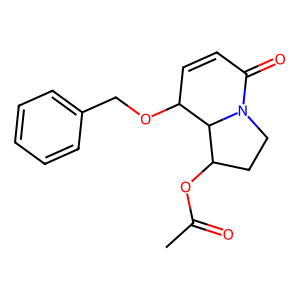
SMILES: CC(=O)OC1CCN2C(=O)C=CC(OCc3ccccc3)C12
Inhibits HIV replication: No